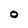
Character: 0